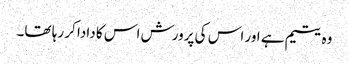
وہ یتیم ہے اور اس کی پرورش اس کا دادا کر رہا تھا۔